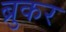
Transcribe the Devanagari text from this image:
ब्रुकर